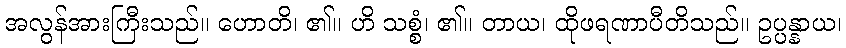
အလွန်အားကြီးသည်။ ဟောတိ၊ ၏။ ဟိ သစ္စံ၊ ၏။ တာယ၊ ထိုဖရဏာပီတိသည်။ ဥပ္ပန္နာယ၊